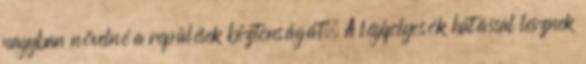
nagyban növelné a repülések biztonságát. A légifolyosók hatással lesznek